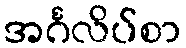
အင်္ဂလိပ်စာ